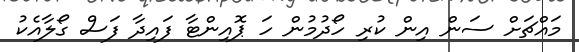
މައްޗަށް ސަން އިން ކުރި ހޯދުމުން ހަ ޕޮއިންޓާ ފައިދާ ފަސް ގޯލާއެކު